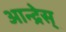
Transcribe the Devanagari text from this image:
आन्द्रेस्